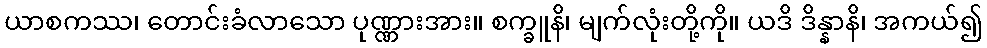
ယာစကဿ၊ တောင်းခံလာသော ပုဏ္ဏားအား။ စက္ခူနိ၊ မျက်လုံးတို့ကို။ ယဒိ ဒိန္နာနိ၊ အကယ်၍